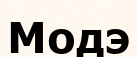
Модэ